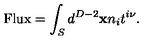
\mathrm { F l u x } = \int _ { S } d ^ { D - 2 } { \bf x } n _ { i } t ^ { i \nu } .